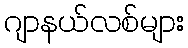
ဂျာနယ်လစ်များ